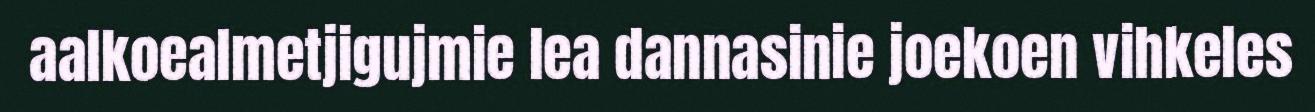
aalkoealmetjigujmie lea dannasinie joekoen vihkeles